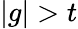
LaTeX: |g|>t